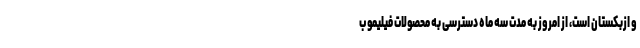
و ازبکستان است، از امروز به مدت سه ماه دسترسی به محصولات فیلیمو ب